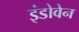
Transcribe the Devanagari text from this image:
इंडोवेन